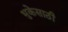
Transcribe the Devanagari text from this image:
भुकेसाठी